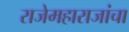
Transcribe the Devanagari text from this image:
राजेमहाराजांचा